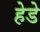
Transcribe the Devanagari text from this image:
हेडे